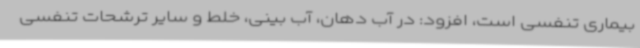
بیماری تنفسی است، افزود: در آب دهان، آب بینی، خلط و سایر ترشحات تنفسی